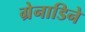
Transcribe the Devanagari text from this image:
ग्रेनाडिने